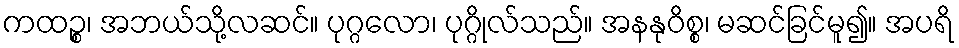
ကထဉ္စ၊ အဘယ်သို့လဆင်။ ပုဂ္ဂလော၊ ပုဂ္ဂိုလ်သည်။ အနနုဝိစ္စ၊ မဆင်ခြင်မူ၍။ အပရိ